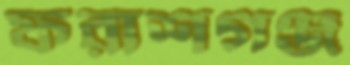
ফরাশগঞ্জ